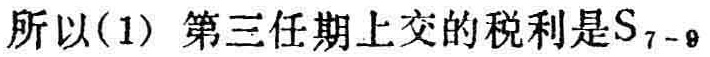
所以(1) 第三任期上交的税利是\(S_{7 - 9}\)